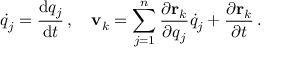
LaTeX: { \dot { q } } _ { j } = { \frac { \mathrm { d } q _ { j } } { \mathrm { d } t } } \, , \quad \mathbf { v } _ { k } = \sum _ { j = 1 } ^ { n } { \frac { \partial \mathbf { r } _ { k } } { \partial q _ { j } } } { \dot { q } } _ { j } + { \frac { \partial \mathbf { r } _ { k } } { \partial t } } \, .